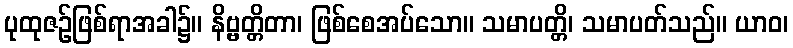
ပုထုဇဉ်ဖြစ်ရာအခါ၌။ နိဗ္ဗတ္တိတာ၊ ဖြစ်စေအပ်သော။ သမာပတ္တိ၊ သမာပတ်သည်။ ယာဝ၊